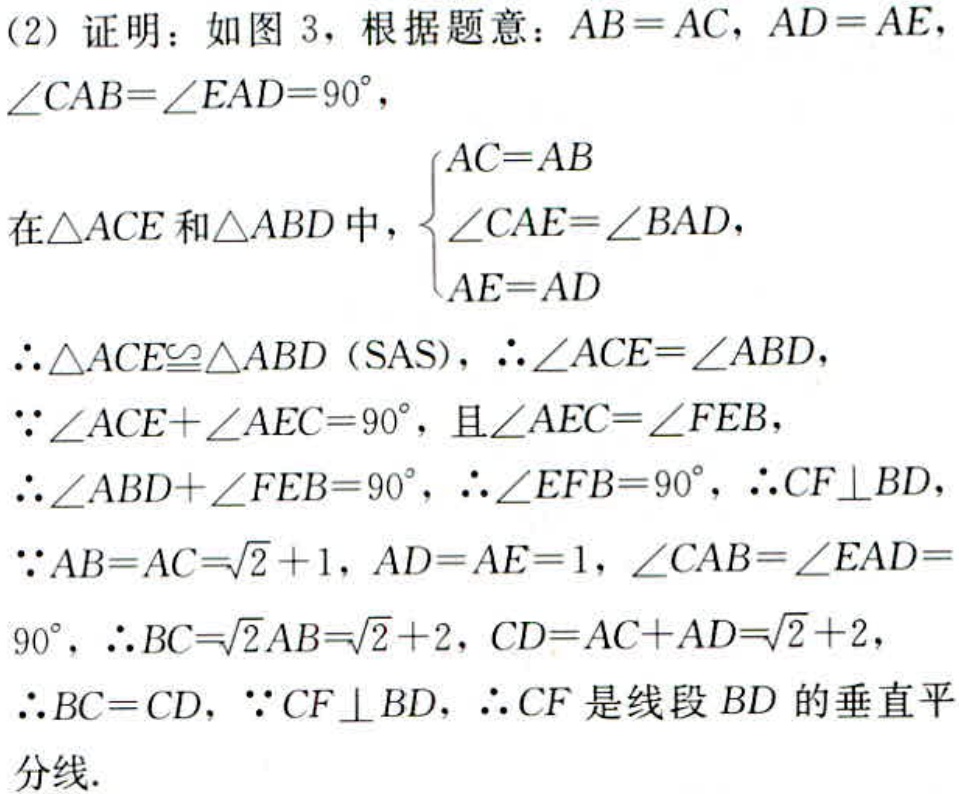
(2) 证明：如图 3，根据题意：\(AB = AC\)，\(AD = AE\)，\(\angle CAB=\angle EAD = 90^{\circ}\)，
在\(\triangle ACE\)和\(\triangle ABD\)中，\(\begin{cases}AC = AB\\\angle CAE=\angle BAD\\AE = AD\end{cases}\)
\(\therefore\triangle ACE\cong\triangle ABD\)（SAS），\(\therefore\angle ACE=\angle ABD\)，
\(\because\angle ACE+\angle AEC = 90^{\circ}\)，且\(\angle AEC=\angle FEB\)，
\(\therefore\angle ABD+\angle FEB = 90^{\circ}\)，\(\therefore\angle EFB = 90^{\circ}\)，\(\therefore CF\perp BD\)，
\(\because AB = AC=\sqrt{2}+1\)，\(AD = AE = 1\)，\(\angle CAB=\angle EAD = 90^{\circ}\)，\(\therefore BC=\sqrt{2}AB=\sqrt{2}+2\)，\(CD = AC + AD=\sqrt{2}+2\)，
\(\therefore BC = CD\)，\(\because CF\perp BD\)，\(\therefore CF\)是线段\(BD\)的垂直平分线.